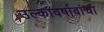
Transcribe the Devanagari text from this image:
उल्कावर्षावांचा